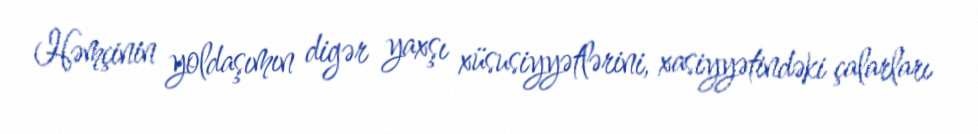
Həmçinin yoldaşımın digər yaxşı xüsusiyyətlərini, xasiyyətindəki çalarları